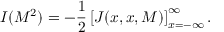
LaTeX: { \cal I } ( M ^ { 2 } ) = - \frac { 1 } { 2 } \left[ J ( x , x , M ) \right] _ { x = - \infty } ^ { \infty } .